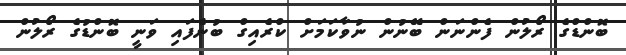
ބޮންޑްގެ ރޯލުން ފެންނަން ބޭނުން ނުވާކަމަށް ކްރެއިގް ބުނެފައި ވަނީ ބޮންޑުގެ ރޯލުން